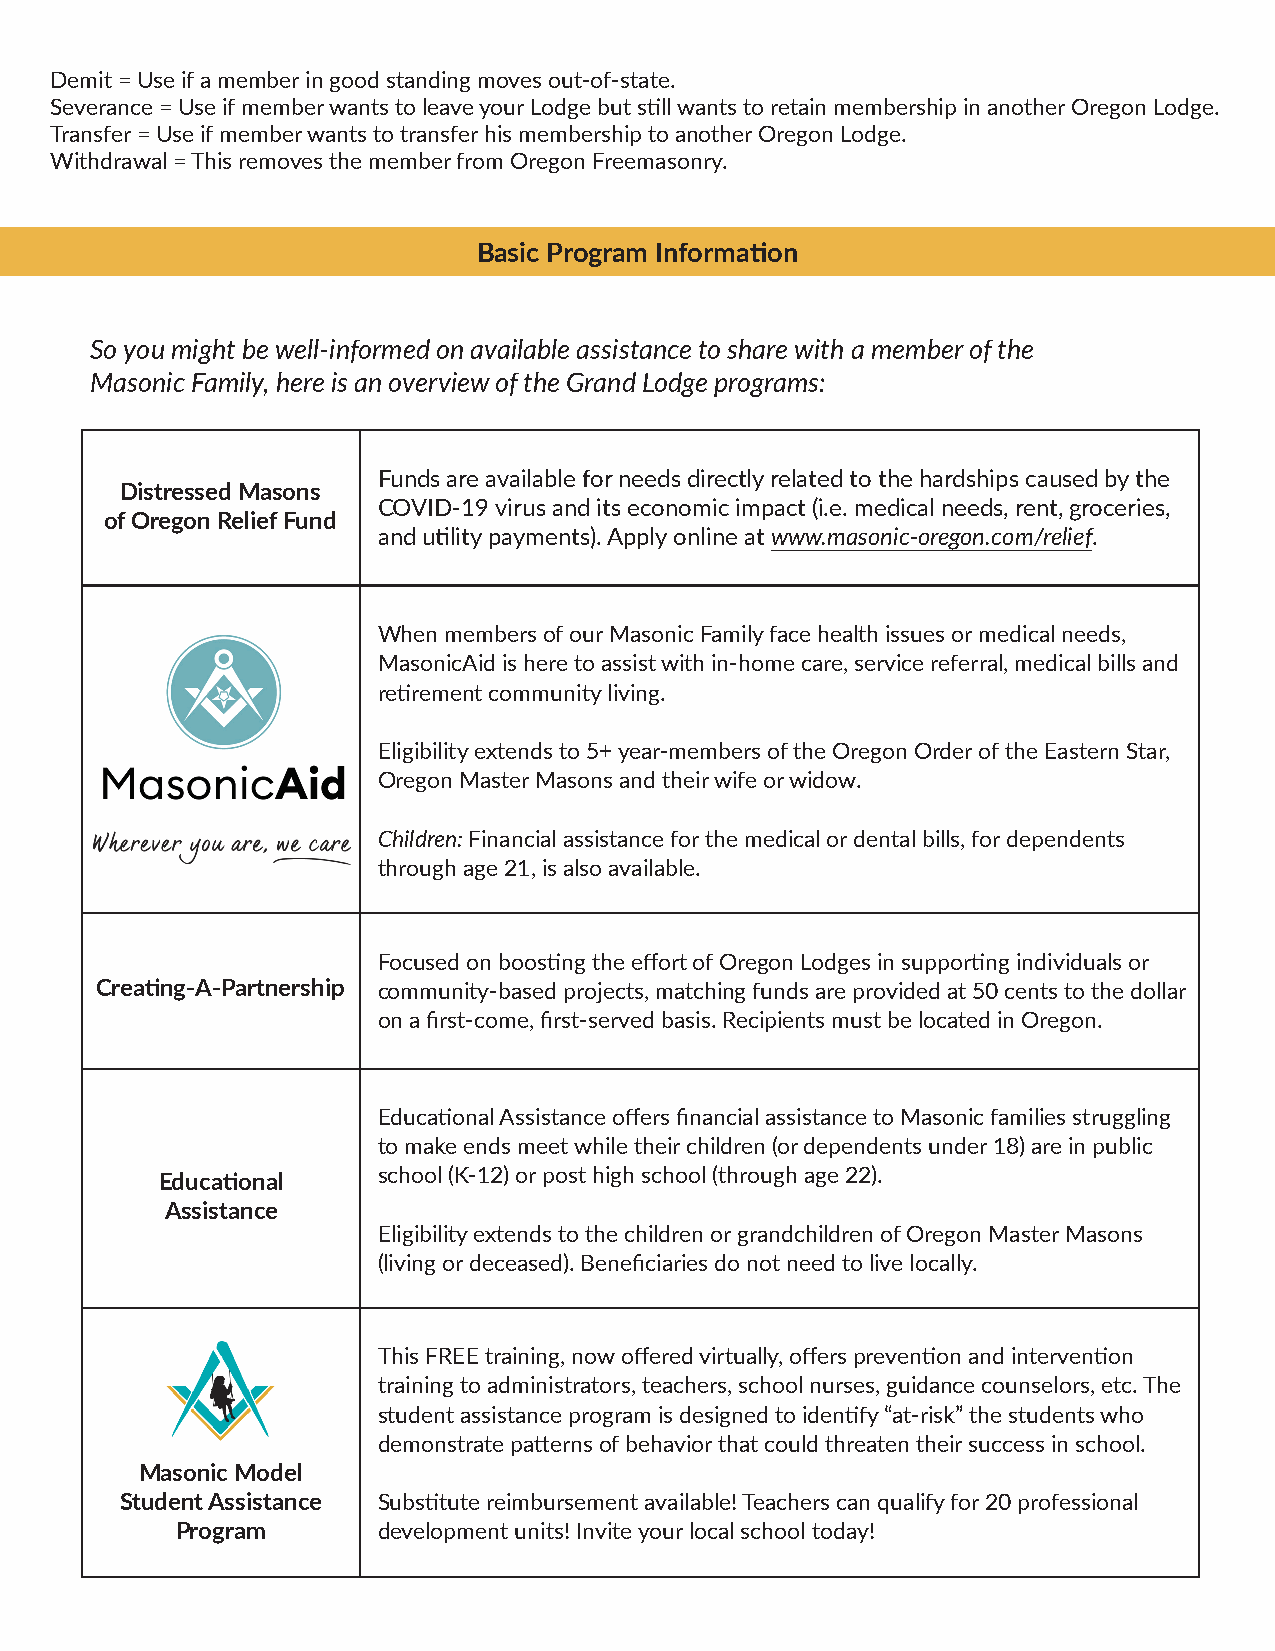
Demit = Use if a member in good standing moves out-of-state.
 Severance = Use if member wants to leave your Lodge but still wants to retain membership in another Oregon Lodge.
 Transfer = Use if member wants to transfer his membership to another Oregon Lodge.
 Withdrawal = This removes the member from Oregon Freemasonry.
 Basic Program Information
 So you might be well-informed on available assistance to share with a member of the
 Masonic Family, here is an overview of the Grand Lodge programs:
 Funds are available for needs directly related to the hardships caused by the
 Distressed Masons
 COVID-19 virus and its economic impact (i.e. medical needs, rent, groceries,
 of Oregon Relief Fund
 and utility payments). Apply online at www.masonic-oregon.com/relief.
 When members of our Masonic Family face health issues or medical needs,
 MasonicAid is here to assist with in-home care, service referral, medical bills and
 retirement community living.
 Eligibility extends to 5+ year-members of the Oregon Order of the Eastern Star,
 Oregon Master Masons and their wife or widow.
 Children: Financial assistance for the medical or dental bills, for dependents
 through age 21, is also available.
 Focused on boosting the effort of Oregon Lodges in supporting individuals or
 Creating-A-Partnership community-based projects, matching funds are provided at 50 cents to the dollar
 on a first-come, first-served basis. Recipients must be located in Oregon.
 Educational Assistance offers financial assistance to Masonic families struggling
 to make ends meet while their children (or dependents under 18) are in public
 school (K-12) or post high school (through age 22).
 Educational
 Assistance
 Eligibility extends to the children or grandchildren of Oregon Master Masons
 (living or deceased). Beneficiaries do not need to live locally.
 This FREE training, now offered virtually, offers prevention and intervention
 training to administrators, teachers, school nurses, guidance counselors, etc. The
 student assistance program is designed to identify “at-risk” the students who
 demonstrate patterns of behavior that could threaten their success in school.
 Masonic Model
 Student Assistance Substitute reimbursement available! Teachers can qualify for 20 professional
 Program      development units! Invite your local school today!